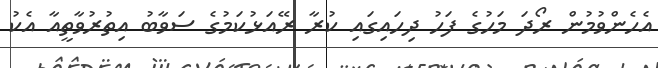
އެހެންވުމުން ރޯދަ މަހުގެ ފަހު ދިހައިގައި ކުރާ ރޭއަޅުކަމުގެ ސަވާބު އިތުރުވާތީއާ އެކު